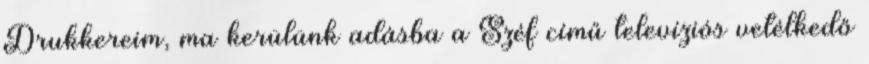
Drukkereim, ma kerülünk adásba a Széf című televíziós vetélkedő